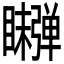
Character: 𬑫